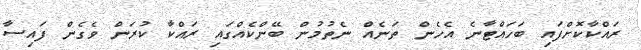
ރައްކާކޮށްފައި ބަހައްޓާނެ އެހެން ތަނެއް ނެތުމުން ބޭންކެއްގައި ރައްކާ ކުރަން ވެގެން ފައިސާ